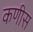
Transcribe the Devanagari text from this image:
कणीस